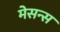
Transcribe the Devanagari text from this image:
मेसन्स